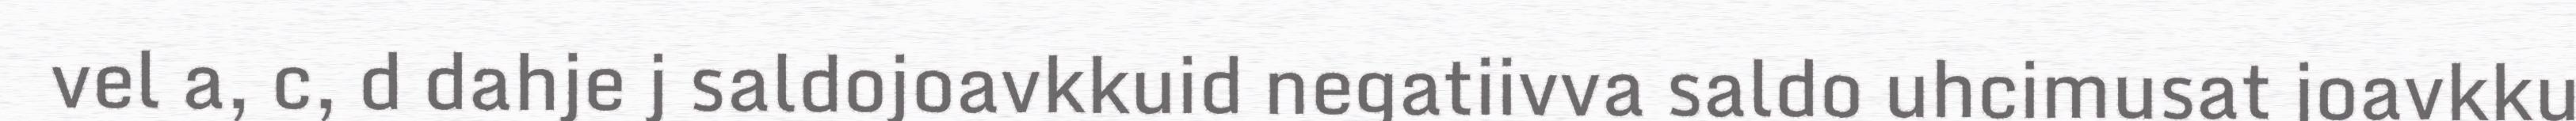
vel a, c, d dahje j saldojoavkkuid negatiivva saldo uhcimusat joavkku